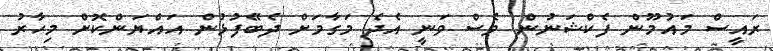
ރައީސް މައުމޫން ފެކްޝަނުން ވެސް ވަނީ އެދެ މަގާމަށް ދެބޭފުޅުން އައްޔަންކޮށް މިހާރު